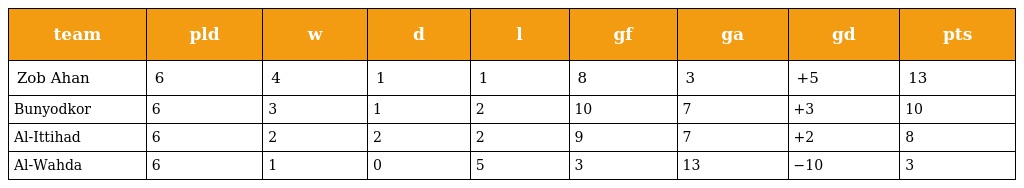
| team | pld | w | d | l | gf | ga | gd | pts |
 | --- | --- | --- | --- | --- | --- | --- | --- | --- |
 | Zob Ahan | 6 | 4 | 1 | 1 | 8 | 3 | +5 | 13 |
 | Bunyodkor | 6 | 3 | 1 | 2 | 10 | 7 | +3 | 10 |
 | Al-Ittihad | 6 | 2 | 2 | 2 | 9 | 7 | +2 | 8 |
 | Al-Wahda | 6 | 1 | 0 | 5 | 3 | 13 | −10 | 3 |